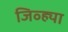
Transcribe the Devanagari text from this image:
जिव्ह्या